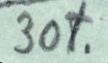
30t.